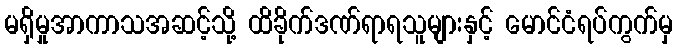
မရှိမှုအာကာသအဆင့်သို့ ထိခိုက်ဒဏ်ရာရသူများနှင့် မောင်ငံရပ်ကွက်မှ